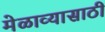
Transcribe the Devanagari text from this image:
मेळाव्यासाठी